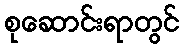
စုဆောင်းရာတွင်